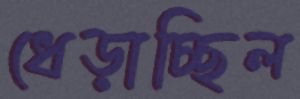
ধেড়াচ্ছিল